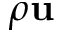
\rho \mathbf { u }